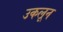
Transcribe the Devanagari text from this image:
उकलून